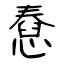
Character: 憃